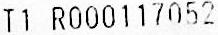
T1 R000117052